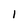
Character: 1